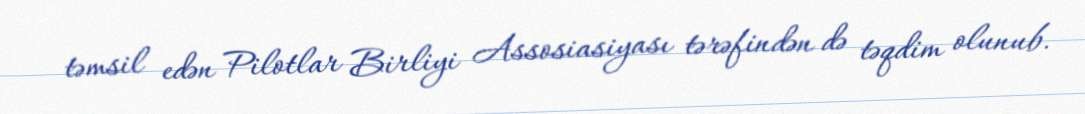
təmsil edən Pilotlar Birliyi Assosiasiyası tərəfindən də təqdim olunub.